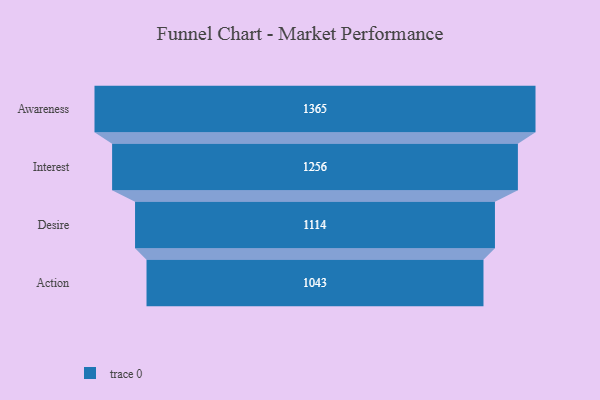
{"axis": {"x": "Stage", "y": "Value"}, "legend": [""], "data": [{"x": "Awareness", "y": 1365.0, "type": ""}, {"x": "Interest", "y": 1256.0, "type": ""}, {"x": "Desire", "y": 1114.0, "type": ""}, {"x": "Action", "y": 1043.0, "type": ""}]}